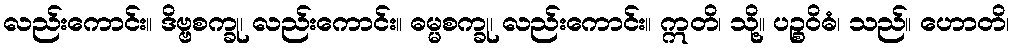
လည်းကောင်း။ ဒိဗ္ဗစက္ခု၊ လည်းကောင်း။ ဓမ္မစက္ခု၊ လည်းကောင်း။ ဣတိ၊ သို့။ ပဉ္စဝိဓံ၊ သည်။ ဟောတိ၊